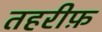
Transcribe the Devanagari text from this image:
तहरीफ़